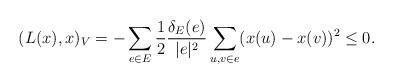
LaTeX: \begin{align*} (L(x),x)_V=-\sum_{e\in E} \frac{1}{2}\frac{\delta_E(e)}{|e|^2}\sum_{u,v\in e}(x(u)-x(v))^2\le 0.\end{align*}